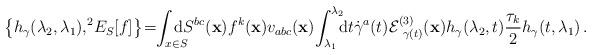
LaTeX: \begin{align*}\big\{h_\gamma(\lambda_2,\lambda_1),^2\!E_S[f] \big\}\!=\!\!\int_{x\in S}\!\!\!\!\!\!\mathrm{d} S^{bc}(\mathbf{x})f^k(\mathbf{x})v_{abc}(\mathbf{x})\!\int_{\lambda_1}^{\lambda_2}\!\!\!\mathrm{d}t\dot{\gamma}^a(t) \mathcal{E}^{(3)}_{\;\,\gamma(t)}(\mathbf{x})h_\gamma(\lambda_2,t)\frac{\tau_k}{2}h_\gamma(t,\lambda_1 )\,.\end{align*}